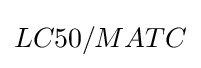
LC50/MATC